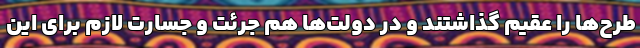
طرح‌ها را عقیم گذاشتند و در دولت‌ها هم جرئت و جسارت لازم برای این